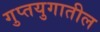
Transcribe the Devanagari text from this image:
गुप्तयुगातील